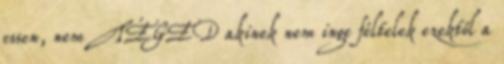
essen, nem TÉGED akinek nem inge féltelek ezektől a